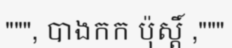
""", បាងកក ប៉ុស្តិ៍ ,"""